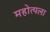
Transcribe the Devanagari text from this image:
महोत्पला